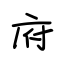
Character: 府